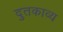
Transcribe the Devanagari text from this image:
दुतकाव्य